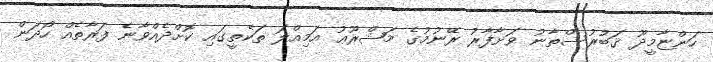
ހަންޏާމީދޫ ޤަބުރުސްތާނު ވަށާފާރު ރޭނުމުގެ މަޝްރޫޢު އަމިއްލަ ތަކެތީގައި ކޮށްދެއްވާނެ ފަރާތެއް ހޯދަން